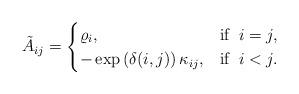
LaTeX: \begin{align*} \tilde A_{ij} =\begin{cases} \varrho_i, & \mbox{if } \; i=j , \\ - \exp \left( \delta(i,j) \right) \kappa_{ij}, & \mbox{if } \; i < j.\end{cases} \end{align*}